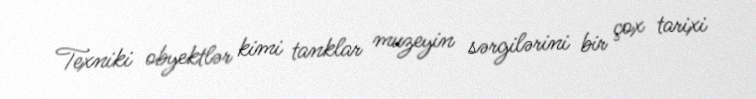
Texniki obyektlər kimi tanklar muzeyin sərgilərini bir çox tarixi